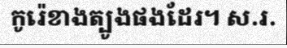
កូរ៉េខាងត្បូងផងដែរ។ ស.រ.